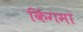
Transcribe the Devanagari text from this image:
किंगमा